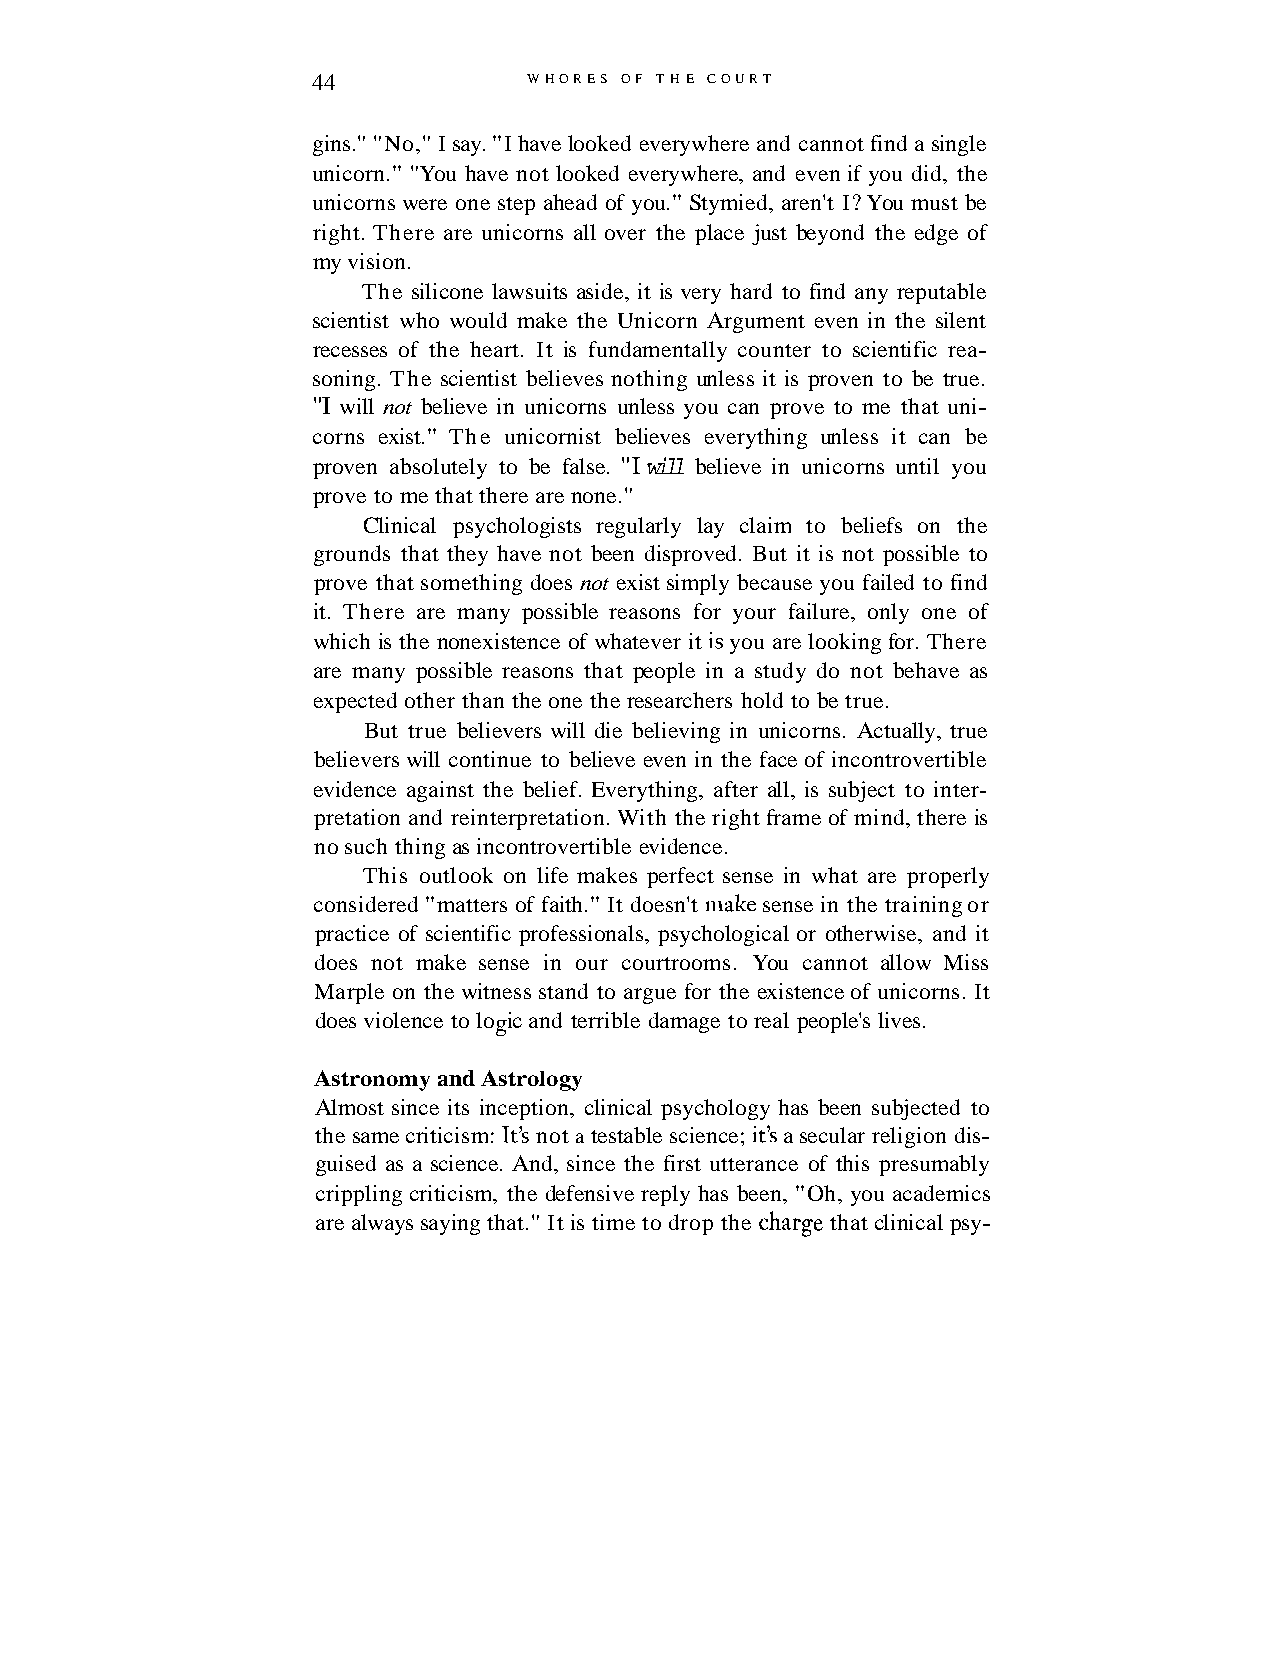
44            WHORES OF THE COURT
 gins." "No," I say. "I have looked everywhere and cannot find a single
 unicorn." "You have not looked everywhere, and even if you did, the
 unicorns were one step ahead of you." Stymied, aren't I? You must be
 right. There are unicorns all over the place just beyond the edge of
 my vision.
 The silicone lawsuits aside, it is very hard to find any reputable
 scientist who would make the Unicorn Argument even in the silent
 recesses of the heart. It is fundamentally counter to scientific rea-
 soning. The scientist believes nothing unless it is proven to be true.
 "I will not believe in unicorns unless you can prove to me that uni-
 corns exist." The unicornist believes everything unless it can be
 proven absolutely to be false. "I will believe in unicorns until you
 prove to me that there are none."
 Clinical psychologists regularly lay claim to beliefs on the
 grounds that they have not been disproved. But it is not possible to
 prove that something does not exist simply because you failed to find
 it. There are many possible reasons for your failure, only one of
 which is the nonexistence of whatever it is you are looking for. There
 are many possible reasons that people in a study do not behave as
 expected other than the one the researchers hold to be true.
 But true believers will die believing in unicorns. Actually, true
 believers will continue to believe even in the face of incontrovertible
 evidence against the belief. Everything, after all, is subject to inter-
 pretation and reinterpretation. With the right frame of mind, there is
 no such thing as incontrovertible evidence.
 This outlook on life makes perfect sense in what are properly
 considered "matters of faith." It doesn't n~akese nse in the training or
 practice of scientific professionals, psychological or otherwise, and it
 does not make sense in our courtrooms. You cannot allow Miss
 Marple on the witness stand to argue for the existence of unicorns. It
 does violence to logic and terrible damage to real people's lives.
 Astronomy and Astrology
 Almost since its inception, clinical psychology has been subjected to
 the same criticism: It's not a testable science; it's a secular religion dis-
 guised as a science. And, since the first utterance of this presumably
 crippling criticism, the defensive reply has been, "Oh, you academics
 are always saying that." It is time to drop the charge that clinical psy-